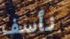
نأسف